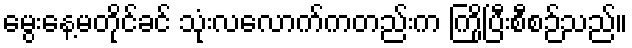
မွေးနေ့မတိုင်ခင် သုံးလလောက်ကတည်းက ကြိုပြီးစီစဉ်သည်။